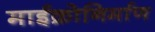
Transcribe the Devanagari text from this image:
माईक्रोनिर्माण